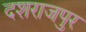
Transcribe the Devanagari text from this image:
दशराजपुर